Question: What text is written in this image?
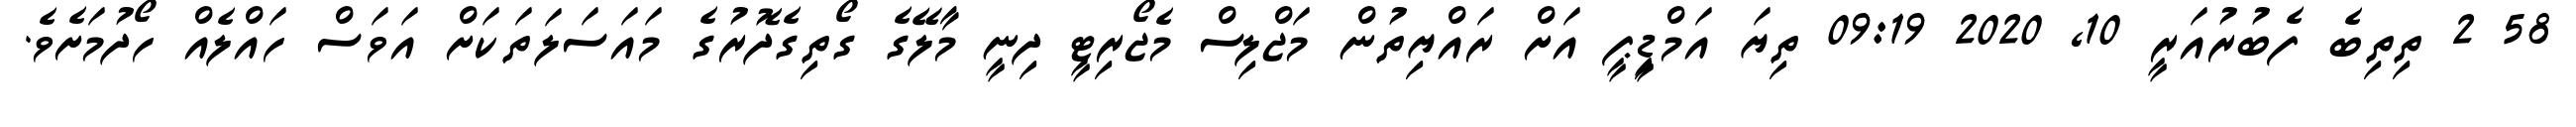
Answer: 58 2 ތިތިބެ ފެބުރުއަރީ 10, 2020 09:19 ތިޔަ އަމްޑިީޕީ އަށް ރައްޔިތުން މަޖްލިސް މެޖޯރިޓީ ދިނީ މާލޭގެ ގޯތިގެދޮރުގެ މައަސަލަތަކަށް އަވަސް ހައްލެއް ހޯދުމަށެވެ.